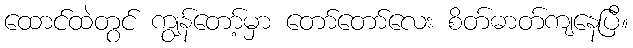
ထောင်ထဲတွင် ကျွန်တော့်မှာ တော်တော်လေး စိတ်ဓာတ်ကျနေပြီ။